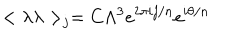
< \lambda \lambda > _ { j } = C \Lambda ^ { 3 } e ^ { 2 \pi i j / n } e ^ { i \theta / n }